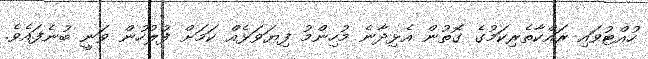
ހުއްޓުވައި ރައްކާތެރިކަމުގެ ގޮތުން އެޅިދާނެ މުހިންމު ފިޔަވަޅެއް ކަމަށް ފުލުހުން ވަނީ ބުނެފައެވެ.